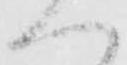
ハ